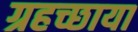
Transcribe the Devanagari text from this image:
ग्रहच्छाया